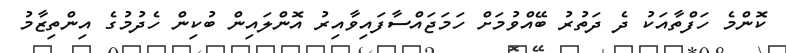
ކޮންމެ ހަފްތާއަކު ދެ ދަތުރު ބޭއްވުމަށް ހަމަޖައްސާފައިވާއިރު އޮންލައިން ބުކިން ހެދުމުގެ އިންތިޒާމު